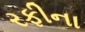
રફીના